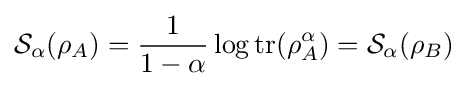
{\mathcal {S}}_{\alpha }(\rho _{A})={\frac {1}{1-\alpha }}\operatorname {log} \operatorname {tr} (\rho _{A}^{\alpha })={\mathcal {S}}_{\alpha }(\rho _{B})